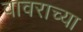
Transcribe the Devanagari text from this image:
वावराच्या